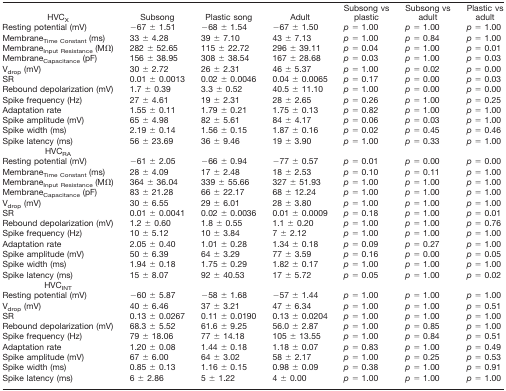
<table><thead><tr><td><b>HVC<sub>X</sub></b></td><td><b>Subsong</b></td><td><b>Plastic song</b></td><td><b>Adult</b></td><td><b>Subsong vs plastic</b></td><td><b>Subsong vs adult</b></td><td><b>Plastic vs adult</b></td></tr></thead><tbody><tr><td>Resting potential (mV)</td><td>−67 ± 1.51</td><td>−68 ± 1.54</td><td>−67 ± 1.50</td><td><i>p</i> = 1.00</td><td><i>p</i> = 1.00</td><td><i>p</i> = 1.00</td></tr><tr><td>Membrane<sub>Time Constant</sub> (ms)</td><td>33 ± 4.28</td><td>39 ± 7.10</td><td>43 ± 7.13</td><td><i>p</i> = 1.00</td><td><i>p</i> = 0.84</td><td><i>p</i> = 1.00</td></tr><tr><td>Membrane<sub>Input Resistance</sub> (MΩ)</td><td>282 ± 52.65</td><td>115 ± 22.72</td><td>296 ± 39.11</td><td><i>p</i> = 0.04</td><td><i>p</i> = 1.00</td><td><i>p</i> = 0.01</td></tr><tr><td>Membrane<sub>Capacitance</sub> (pF)</td><td>156 ± 38.95</td><td>308 ± 38.54</td><td>167 ± 28.68</td><td><i>p</i> = 0.03</td><td><i>p</i> = 1.00</td><td><i>p</i> = 0.03</td></tr><tr><td>V<sub>drop</sub> (mV)</td><td>30 ± 2.72</td><td>26 ± 2.31</td><td>46 ± 5.37</td><td><i>p</i> = 1.00</td><td><i>p</i> = 0.02</td><td><i>p</i> = 0.00</td></tr><tr><td>SR</td><td>0.01 ± 0.0013</td><td>0.02 ± 0.0046</td><td>0.04 ± 0.0065</td><td><i>p</i> = 0.17</td><td><i>p</i> = 0.00</td><td><i>p</i> = 0.03</td></tr><tr><td>Rebound depolarization (mV)</td><td>1.7 ± 0.39</td><td>3.3 ± 0.52</td><td>40.5 ± 11.10</td><td><i>p</i> = 1.00</td><td><i>p</i> = 0.00</td><td><i>p</i> = 0.00</td></tr><tr><td>Spike frequency (Hz)</td><td>27 ± 4.61</td><td>19 ± 2.31</td><td>28 ± 2.65</td><td><i>p</i> = 0.26</td><td><i>p</i> = 1.00</td><td><i>p</i> = 0.25</td></tr><tr><td>Adaptation rate</td><td>1.55 ± 0.11</td><td>1.79 ± 0.21</td><td>1.75 ± 0.13</td><td><i>p</i> = 0.82</td><td><i>p</i> = 1.00</td><td><i>p</i> = 1.00</td></tr><tr><td>Spike amplitude (mV)</td><td>65 ± 4.98</td><td>82 ± 5.61</td><td>84 ± 4.17</td><td><i>p</i> = 0.06</td><td><i>p</i> = 0.03</td><td><i>p</i> = 1.00</td></tr><tr><td>Spike width (ms)</td><td>2.19 ± 0.14</td><td>1.56 ± 0.15</td><td>1.87 ± 0.16</td><td><i>p</i> = 0.02</td><td><i>p</i> = 0.45</td><td><i>p</i> = 0.46</td></tr><tr><td>Spike latency (ms)</td><td>56 ± 23.69</td><td>36 ± 9.46</td><td>19 ± 3.90</td><td><i>p</i> = 1.00</td><td><i>p</i> = 0.33</td><td><i>p</i> = 1.00</td></tr><tr><td>HVC<sub>RA</sub></td><td></td><td></td><td></td><td></td><td></td><td></td></tr><tr><td>Resting potential (mV)</td><td>−61 ± 2.05</td><td>−66 ± 0.94</td><td>−77 ± 0.57</td><td><i>p</i> = 0.01</td><td><i>p</i> = 0.00</td><td><i>p</i> = 0.00</td></tr><tr><td>Membrane<sub>Time Constant</sub> (ms)</td><td>28 ± 4.09</td><td>17 ± 2.48</td><td>18 ± 2.53</td><td><i>p</i> = 0.10</td><td><i>p</i> = 0.11</td><td><i>p</i> = 1.00</td></tr><tr><td>Membrane<sub>Input Resistance</sub> (MΩ)</td><td>364 ± 36.04</td><td>339 ± 55.66</td><td>327 ± 51.93</td><td><i>p</i> = 1.00</td><td><i>p</i> = 1.00</td><td><i>p</i> = 1.00</td></tr><tr><td>Membrane<sub>Capacitance</sub> (pF)</td><td>83 ± 21.28</td><td>66 ± 22.17</td><td>68 ± 12.24</td><td><i>p</i> = 1.00</td><td><i>p</i> = 1.00</td><td><i>p</i> = 1.00</td></tr><tr><td>V<sub>drop</sub> (mV)</td><td>30 ± 6.55</td><td>29 ± 6.01</td><td>28 ± 3.80</td><td><i>p</i> = 1.00</td><td><i>p</i> = 1.00</td><td><i>p</i> = 1.00</td></tr><tr><td>SR</td><td>0.01 ± 0.0041</td><td>0.02 ± 0.0036</td><td>0.01 ± 0.0009</td><td><i>p</i> = 0.18</td><td><i>p</i> = 1.00</td><td><i>p</i> = 0.01</td></tr><tr><td>Rebound depolarization (mV)</td><td>1.2 ± 0.60</td><td>1.8 ± 0.55</td><td>1.1 ± 0.20</td><td><i>p</i> = 1.00</td><td><i>p</i> = 1.00</td><td><i>p</i> = 0.76</td></tr><tr><td>Spike frequency (Hz)</td><td>10 ± 5.12</td><td>10 ± 3.84</td><td>7 ± 2.12</td><td><i>p</i> = 1.00</td><td><i>p</i> = 1.00</td><td><i>p</i> = 1.00</td></tr><tr><td>Adaptation rate</td><td>2.05 ± 0.40</td><td>1.01 ± 0.28</td><td>1.34 ± 0.18</td><td><i>p</i> = 0.09</td><td><i>p</i> = 0.27</td><td><i>p</i> = 1.00</td></tr><tr><td>Spike amplitude (mV)</td><td>50 ± 6.39</td><td>64 ± 3.29</td><td>77 ± 3.59</td><td><i>p</i> = 0.16</td><td><i>p</i> = 0.00</td><td><i>p</i> = 0.05</td></tr><tr><td>Spike width (ms)</td><td>1.94 ± 0.18</td><td>1.75 ± 0.29</td><td>1.82 ± 0.17</td><td><i>p</i> = 1.00</td><td><i>p</i> = 1.00</td><td><i>p</i> = 1.00</td></tr><tr><td>Spike latency (ms)</td><td>15 ± 8.07</td><td>92 ± 40.53</td><td>17 ± 5.72</td><td><i>p</i> = 0.05</td><td><i>p</i> = 1.00</td><td><i>p</i> = 0.02</td></tr><tr><td>HVC<sub>INT</sub></td><td></td><td></td><td></td><td></td><td></td><td></td></tr><tr><td>Resting potential (mV)</td><td>−60 ± 5.87</td><td>−58 ± 1.68</td><td>−57 ± 1.44</td><td><i>p</i> = 1.00</td><td><i>p</i> = 1.00</td><td><i>p</i> = 1.00</td></tr><tr><td>V<sub>drop</sub> (mV)</td><td>40 ± 6.46</td><td>37 ± 3.21</td><td>47 ± 6.34</td><td><i>p</i> = 1.00</td><td><i>p</i> = 1.00</td><td><i>p</i> = 0.51</td></tr><tr><td>SR</td><td>0.13 ± 0.0267</td><td>0.11 ± 0.0190</td><td>0.13 ± 0.0204</td><td><i>p</i> = 1.00</td><td><i>p</i> = 1.00</td><td><i>p</i> = 1.00</td></tr><tr><td>Rebound depolarization (mV)</td><td>68.3 ± 5.52</td><td>61.6 ± 9.25</td><td>56.0 ± 2.87</td><td><i>p</i> = 1.00</td><td><i>p</i> = 0.85</td><td><i>p</i> = 1.00</td></tr><tr><td>Spike frequency (Hz)</td><td>79 ± 18.06</td><td>77 ± 14.18</td><td>105 ± 13.55</td><td><i>p</i> = 1.00</td><td><i>p</i> = 0.84</td><td><i>p</i> = 0.51</td></tr><tr><td>Adaptation rate</td><td>1.20 ± 0.08</td><td>1.44 ± 0.18</td><td>1.18 ± 0.07</td><td><i>p</i> = 0.83</td><td><i>p</i> = 1.00</td><td><i>p</i> = 0.49</td></tr><tr><td>Spike amplitude (mV)</td><td>67 ± 6.00</td><td>64 ± 3.02</td><td>58 ± 2.17</td><td><i>p</i> = 1.00</td><td><i>p</i> = 0.25</td><td><i>p</i> = 0.53</td></tr><tr><td>Spike width (ms)</td><td>0.85 ± 0.13</td><td>1.16 ± 0.15</td><td>0.98 ± 0.09</td><td><i>p</i> = 0.38</td><td><i>p</i> = 1.00</td><td><i>p</i> = 0.91</td></tr><tr><td>Spike latency (ms)</td><td>6 ± 2.86</td><td>5 ± 1.22</td><td>4 ± 0.00</td><td><i>p</i> = 1.00</td><td><i>p</i> = 1.00</td><td><i>p</i> = 1.00</td></tr></tbody></table>